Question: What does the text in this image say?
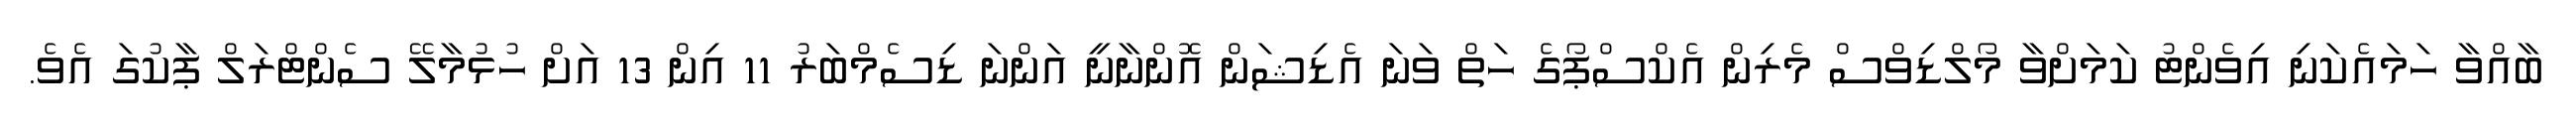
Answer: ބާއްވާ ހަމައެކަނި އިވެންޓު ކަމަށްވާ މޯލްޑިވްސް މެރިން އެކްސްޕޯގެ ހަތް ވަނަ އެޑިޝަން އޮންނާނީ އަންނަ ޑިސެމްބަރު 11 އިން 13 އަށް ހުޅުމާލޭ ސެންޓްރަލް ޕާކުގަ އެވެ.